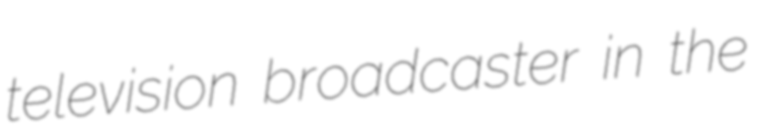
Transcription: television broadcaster in the